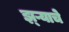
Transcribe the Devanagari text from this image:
झ्ऱ्याचे